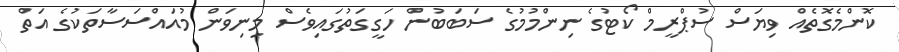
ކޮންމެގޮތެއް ވިޔަސް ސުޕްރީމް ކޯޓުގެ ނިންމުމުގެ ސަބަބުން ހަގީގަތުގައިވެސް މިނިވަން މުއައްސަސާތަކުގެ އަތް